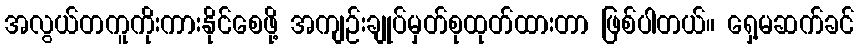
အလွယ်တကူကိုးကားနိုင်စေဖို့ အကျဉ်းချုပ်မှတ်စုထုတ်ထားတာ ဖြစ်ပါတယ်။ ရှေ့မဆက်ခင်